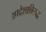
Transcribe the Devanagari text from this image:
आदेशाविरुद्ध